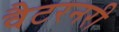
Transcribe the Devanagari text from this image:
वैटरनरी